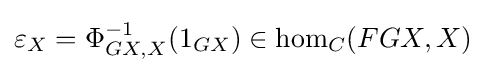
\varepsilon _{X}=\Phi _{GX,X}^{-1}(1_{GX})\in \mathrm {hom} _{C}(FGX,X)